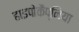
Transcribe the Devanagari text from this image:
हाइपोकैप्निया